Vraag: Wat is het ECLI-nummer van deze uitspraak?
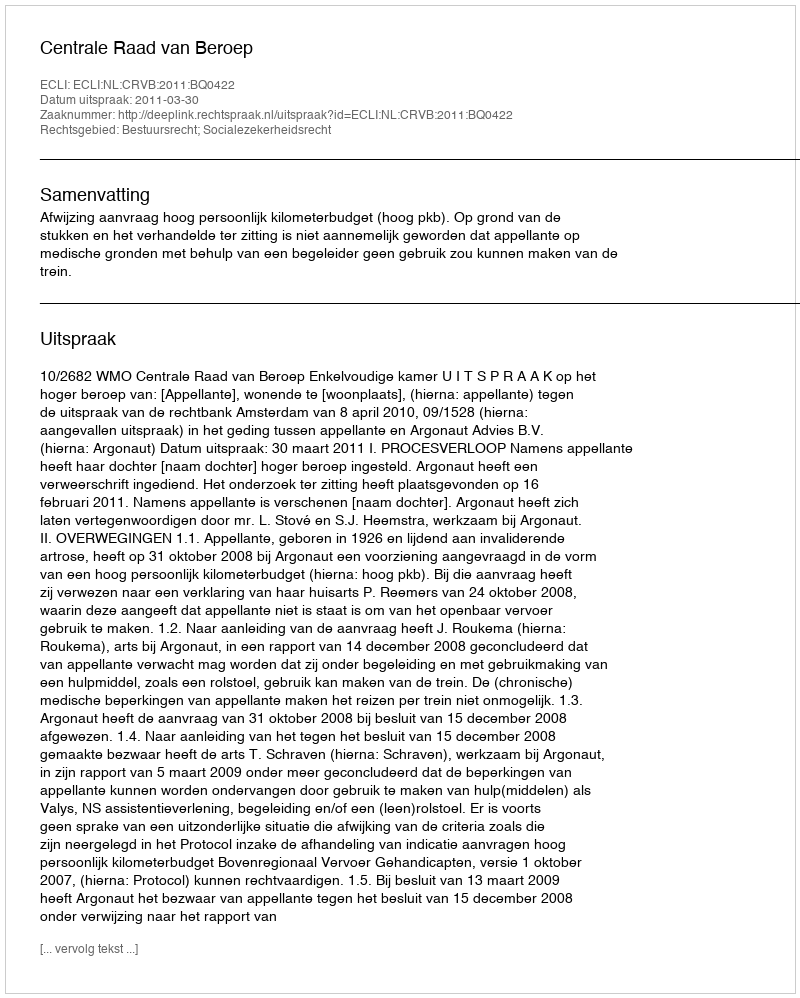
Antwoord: ECLI:NL:CRVB:2011:BQ0422